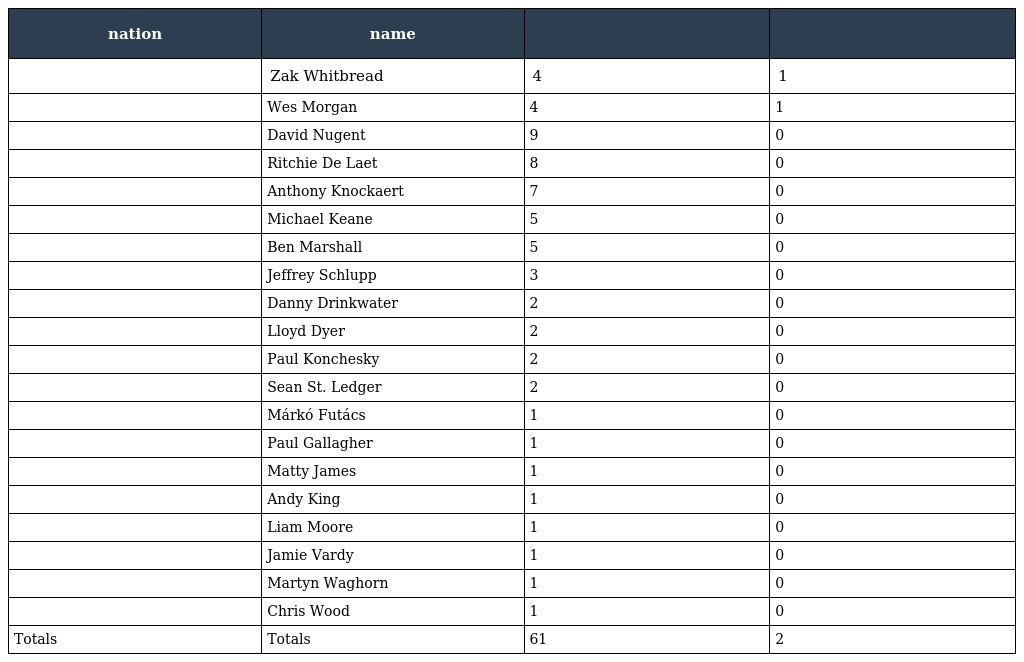
| nation | name |  |  |
 | --- | --- | --- | --- |
 |  | Zak Whitbread | 4 | 1 |
 |  | Wes Morgan | 4 | 1 |
 |  | David Nugent | 9 | 0 |
 |  | Ritchie De Laet | 8 | 0 |
 |  | Anthony Knockaert | 7 | 0 |
 |  | Michael Keane | 5 | 0 |
 |  | Ben Marshall | 5 | 0 |
 |  | Jeffrey Schlupp | 3 | 0 |
 |  | Danny Drinkwater | 2 | 0 |
 |  | Lloyd Dyer | 2 | 0 |
 |  | Paul Konchesky | 2 | 0 |
 |  | Sean St. Ledger | 2 | 0 |
 |  | Márkó Futács | 1 | 0 |
 |  | Paul Gallagher | 1 | 0 |
 |  | Matty James | 1 | 0 |
 |  | Andy King | 1 | 0 |
 |  | Liam Moore | 1 | 0 |
 |  | Jamie Vardy | 1 | 0 |
 |  | Martyn Waghorn | 1 | 0 |
 |  | Chris Wood | 1 | 0 |
 | Totals | Totals | 61 | 2 |